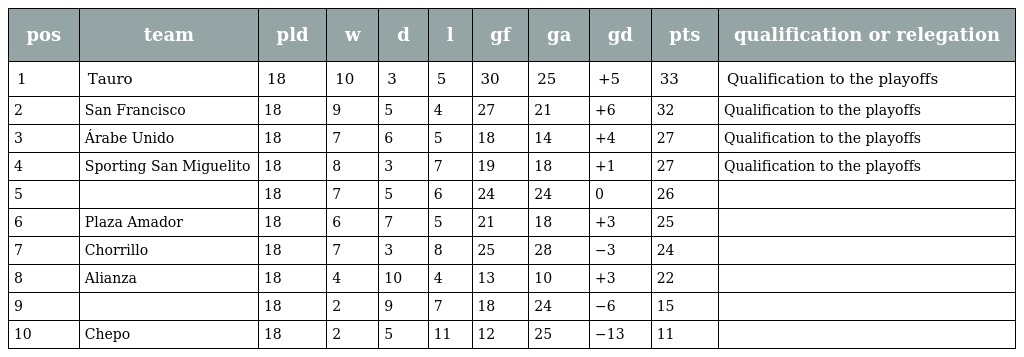
| pos | team | pld | w | d | l | gf | ga | gd | pts | qualification or relegation |
 | --- | --- | --- | --- | --- | --- | --- | --- | --- | --- | --- |
 | 1 | Tauro | 18 | 10 | 3 | 5 | 30 | 25 | +5 | 33 | Qualification to the playoffs |
 | 2 | San Francisco | 18 | 9 | 5 | 4 | 27 | 21 | +6 | 32 | Qualification to the playoffs |
 | 3 | Árabe Unido | 18 | 7 | 6 | 5 | 18 | 14 | +4 | 27 | Qualification to the playoffs |
 | 4 | Sporting San Miguelito | 18 | 8 | 3 | 7 | 19 | 18 | +1 | 27 | Qualification to the playoffs |
 | 5 |  | 18 | 7 | 5 | 6 | 24 | 24 | 0 | 26 |  |
 | 6 | Plaza Amador | 18 | 6 | 7 | 5 | 21 | 18 | +3 | 25 |  |
 | 7 | Chorrillo | 18 | 7 | 3 | 8 | 25 | 28 | −3 | 24 |  |
 | 8 | Alianza | 18 | 4 | 10 | 4 | 13 | 10 | +3 | 22 |  |
 | 9 |  | 18 | 2 | 9 | 7 | 18 | 24 | −6 | 15 |  |
 | 10 | Chepo | 18 | 2 | 5 | 11 | 12 | 25 | −13 | 11 |  |